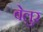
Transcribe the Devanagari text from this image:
बेलुर